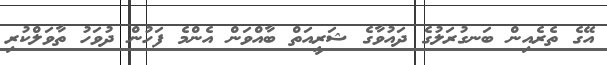
އޭގެ ތެރެއިން ބަނގުރަލުގެ ދައުވާގެ ޝަރީއަތް ބާއްވަން އެންމެ ފަހުން ދުވަހު ތާވަލްކުރި